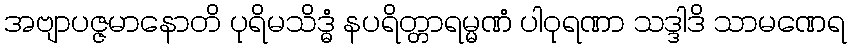
အဗျာပဇ္ဇမာနောတိ ပုရိမသိဒ္ဓံ နပရိတ္တာရမ္မဏံ ပါဝုရဏာ သဒ္ဒါဒိ သာမဏေရ